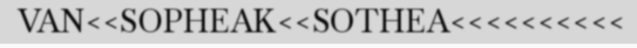
VAN<<SOPHEAK<<SOTHEA<<<<<<<<<<